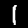
Digit: 1